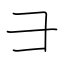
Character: ⺕